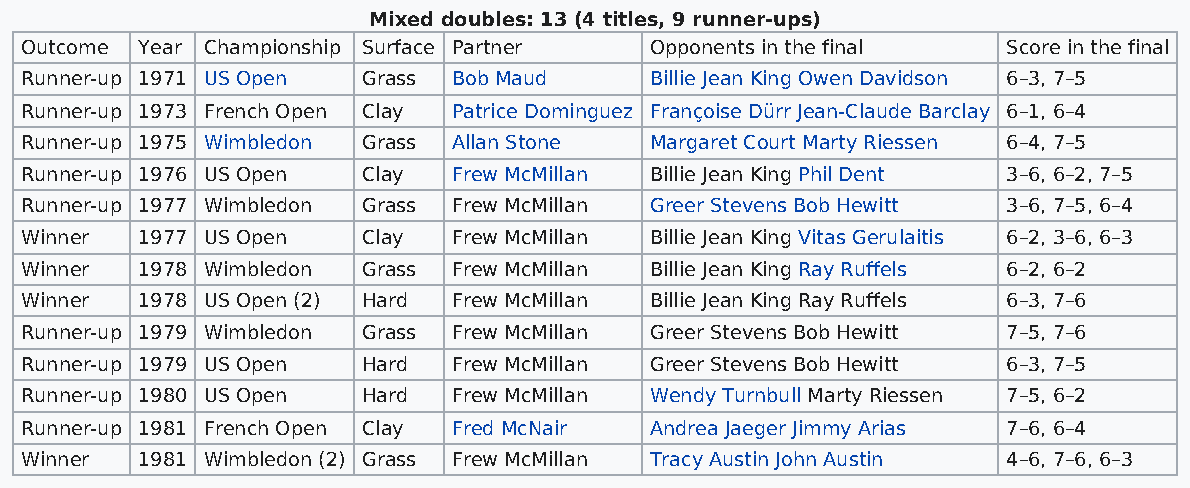
Mixed doubles: 13 (4 titles, 9 runner-ups)
 Outcome Year Championship Surface Partner Opponents in the final  Score in the final
 Runner-up 1971 US Open Grass Bob Maud     Billie Jean King Owen Davidson 6–3, 7–5
 Runner-up 1973 French Open Clay Patrice Dominguez Françoise Dürr Jean-Claude Barclay 6–1, 6–4
 Runner-up 1975 Wimbledon Grass Allan Stone Margaret Court Marty Riessen 6–4, 7–5
 Runner-up 1976 US Open Clay  Frew McMillan Billie Jean King Phil Dent 3–6, 6–2, 7–5
 Runner-up 1977 Wimbledon Grass Frew McMillan Greer Stevens Bob Hewitt 3–6, 7–5, 6–4
 Winner  1977 US Open   Clay  Frew McMillan Billie Jean King Vitas Gerulaitis 6–2, 3–6, 6–3
 Winner  1978 Wimbledon Grass Frew McMillan Billie Jean King Ray Ruffels 6–2, 6–2
 Winner  1978 US Open (2) Hard Frew McMillan Billie Jean King Ray Ruffels 6–3, 7–6
 Runner-up 1979 Wimbledon Grass Frew McMillan Greer Stevens Bob Hewitt 7–5, 7–6
 Runner-up 1979 US Open Hard  Frew McMillan Greer Stevens Bob Hewitt 6–3, 7–5
 Runner-up 1980 US Open Hard  Frew McMillan Wendy Turnbull Marty Riessen 7–5, 6–2
 Runner-up 1981 French Open Clay Fred McNair Andrea Jaeger Jimmy Arias 7–6, 6–4
 Winner  1981 Wimbledon (2) Grass Frew McMillan Tracy Austin John Austin 4–6, 7–6, 6–3